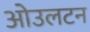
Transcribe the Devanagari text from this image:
ओउलटन